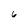
Character: 6